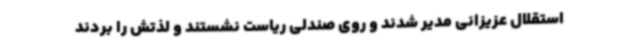
استقلال عزیزانی مدیر شدند و روی صندلی ریاست نشستند و لذتش را بردند